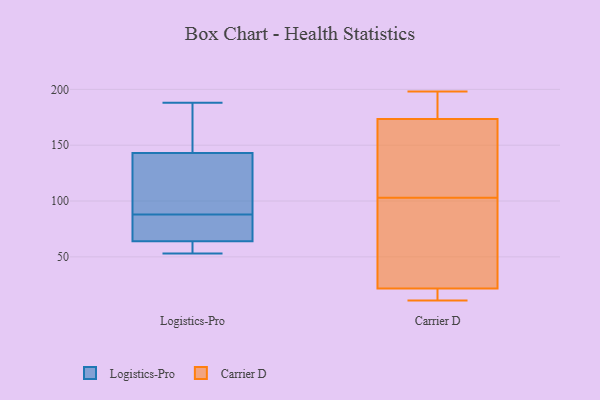
{"axis": {"x": "LTV (USD)", "y": "Value"}, "legend": ["Carrier D", "Logistics-Pro"], "data": [{"x": "", "y": 143, "type": "Logistics-Pro"}, {"x": "", "y": 188, "type": "Logistics-Pro"}, {"x": "", "y": 55, "type": "Logistics-Pro"}, {"x": "", "y": 71, "type": "Logistics-Pro"}, {"x": "", "y": 64, "type": "Logistics-Pro"}, {"x": "", "y": 53, "type": "Logistics-Pro"}, {"x": "", "y": 94, "type": "Logistics-Pro"}, {"x": "", "y": 82, "type": "Logistics-Pro"}, {"x": "", "y": 138, "type": "Logistics-Pro"}, {"x": "", "y": 155, "type": "Logistics-Pro"}, {"x": "", "y": 186, "type": "Carrier D"}, {"x": "", "y": 198, "type": "Carrier D"}, {"x": "", "y": 22, "type": "Carrier D"}, {"x": "", "y": 103, "type": "Carrier D"}, {"x": "", "y": 163, "type": "Carrier D"}, {"x": "", "y": 181, "type": "Carrier D"}, {"x": "", "y": 194, "type": "Carrier D"}, {"x": "", "y": 171, "type": "Carrier D"}, {"x": "", "y": 11, "type": "Carrier D"}, {"x": "", "y": 66, "type": "Carrier D"}, {"x": "", "y": 94, "type": "Carrier D"}, {"x": "", "y": 115, "type": "Carrier D"}, {"x": "", "y": 21, "type": "Carrier D"}, {"x": "", "y": 21, "type": "Carrier D"}, {"x": "", "y": 17, "type": "Carrier D"}, {"x": "", "y": 81, "type": "Carrier D"}, {"x": "", "y": 159, "type": "Carrier D"}]}